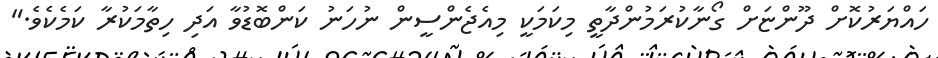
ހައްޔަރުކޮށް ދޫންޏަށް ގޯނާކުރަމުންދާތީ މިކަމަކީ މިއެޖެންސީން ނުހަނު ކަންބޮޑުވާ އަދި ހިތާމަކުރާ ކަމެކެވެ."